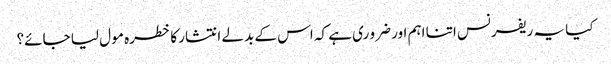
کیا یہ ریفرنس اتنا اہم اور ضرو ری ہے کہ اس کے بدلے انتشار کا خطرہ مو ل لیا جائے؟